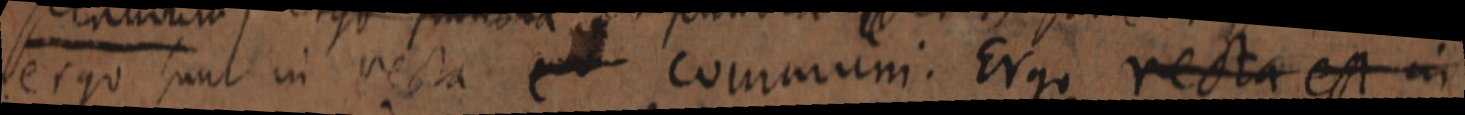
ergo sunt in recta _ communi. Ergo recta est in